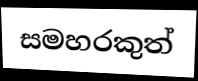
සමහරකුත්